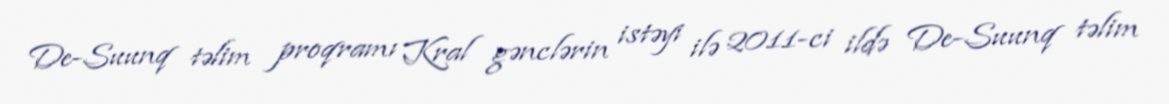
De-Suunq təlim proqramı Kral gənclərin istəyi ilə 2011-ci ildə De-Suunq təlim